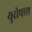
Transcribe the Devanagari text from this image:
युरोपास